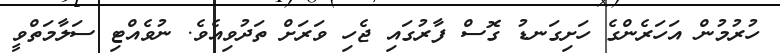
ހުރުމުން އަހަރެންގެ ހަށިގަނޑު ގޮސް ފާރުގައި ޖެހި ވަރަށް ތަދުވިއެވެ. ނުވެއްޓި ސަލާމަތްވީ